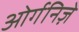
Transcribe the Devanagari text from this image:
ओर्गनिज़े